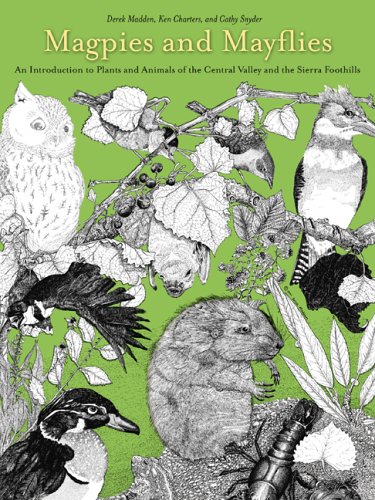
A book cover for Magpies and Mayflies: An Introduction to Plants and Animals of Central Valley and Sierra Foothills; Derek Madden; Sports & Outdoors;